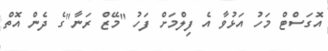
އޮގަސްޓް މަހު އަޅުވާ އެ ފިލްމަށް ފަހު "މޭޒް ރަނާ"ގެ ދެން އޮތް